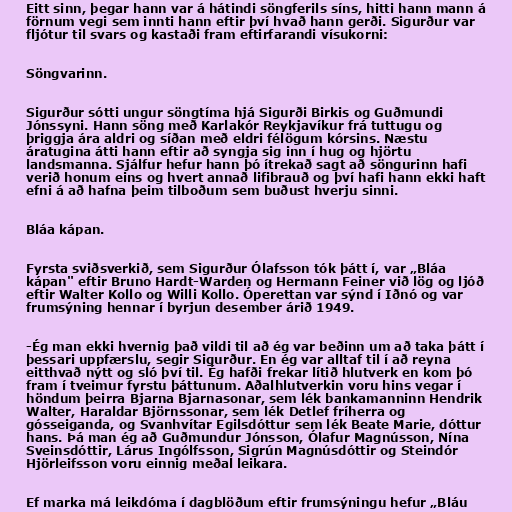
Eitt sinn, þegar hann var á hátindi söngferils síns, hitti hann mann á
förnum vegi sem innti hann eftir því hvað hann gerði. Sigurður var
fljótur til svars og kastaði fram eftirfarandi vísukorni:

Söngvarinn.

Sigurður sótti ungur söngtíma hjá Sigurði Birkis og Guðmundi
Jónssyni. Hann söng með Karlakór Reykjavíkur frá tuttugu og
þriggja ára aldri og síðan með eldri félögum kórsins. Næstu
áratugina átti hann eftir að syngja sig inn í hug og hjörtu
landsmanna. Sjálfur hefur hann þó ítrekað sagt að söngurinn hafi
verið honum eins og hvert annað lifibrauð og því hafi hann ekki haft
efni á að hafna þeim tilboðum sem buðust hverju sinni.

Bláa kápan.

Fyrsta sviðsverkið, sem Sigurður Ólafsson tók þátt í, var „Bláa
kápan" eftir Bruno Hardt-Warden og Hermann Feiner við lög og ljóð
eftir Walter Kollo og Willi Kollo. Óperettan var sýnd í Iðnó og var
frumsýning hennar í byrjun desember árið 1949.

-Ég man ekki hvernig það vildi til að ég var beðinn um að taka þátt í
þessari uppfærslu, segir Sigurður. En ég var alltaf til í að reyna
eitthvað nýtt og sló því til. Ég hafði frekar lítið hlutverk en kom þó
fram í tveimur fyrstu þáttunum. Aðalhlutverkin voru hins vegar í
höndum þeirra Bjarna Bjarnasonar, sem lék bankamanninn Hendrik
Walter, Haraldar Björnssonar, sem lék Detlef fríherra og
gósseiganda, og Svanhvítar Egilsdóttur sem lék Beate Marie, dóttur
hans. Þá man ég að Guðmundur Jónsson, Ólafur Magnússon, Nína
Sveinsdóttir, Lárus Ingólfsson, Sigrún Magnúsdóttir og Steindór
Hjörleifsson voru einnig meðal leikara.

Ef marka má leikdóma í dagblöðum eftir frumsýningu hefur „Bláu